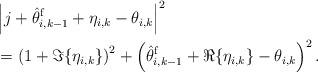
LaTeX: \begin{align*}&\left|j+\hat\theta^{\mathrm f}_{i,k-1}+\eta_{i,k}-\theta_{i,k}\right|^2\\&=\left(1+\Im\{\eta_{i,k}\}\right)^2+\left(\hat\theta^{\mathrm f}_{i,k-1}+\Re\{\eta_{i,k}\}-\theta_{i,k}\right)^2.\end{align*}